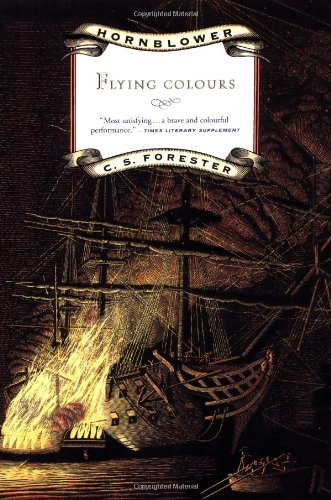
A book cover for Flying Colours (Hornblower Saga); C. S. Forester; Literature & Fiction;